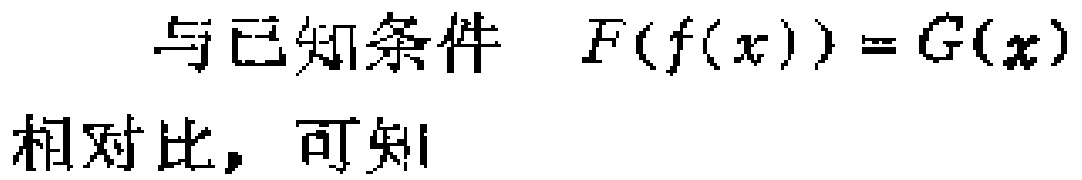
与已知条件 \(F(f(x)) = G(x)\) 相对比，可知